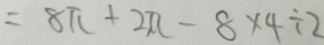
= 8 \pi + 2 \pi - 8 \times 4 \div 2